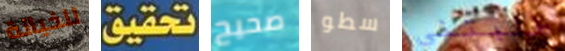
للخيانة تحقيق صحيح سطو طلبتني